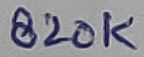
Text: 820K